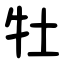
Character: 牡